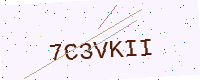
Text: 7C3VKII